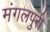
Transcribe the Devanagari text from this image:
मंगलपुरी